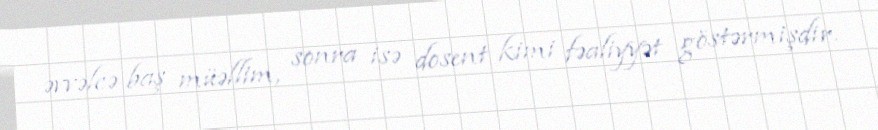
əvvəlcə baş müəllim, sonra isə dosent kimi fəaliyyət göstərmişdir.